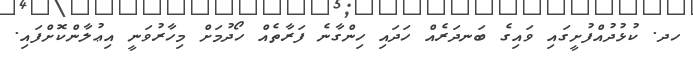
ހދ. ކުޅުދުއްފުށީގައި ވައިގެ ބަނދަރެއް ހަދައި ހިންގާނެ ފަރާތެއް ހޯދުމަށް މިހާރުވަނީ އިޢުލާންކޮށްފައި.